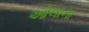
ઓલાના